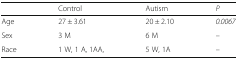
|  | Control | Autism | P |
 | --- | --- | --- | --- |
 | Age | 27 ± 3.61 | 20 ± 2.10 | 0.0067 |
 | Sex | 3 M | 6 M | – |
 | Race | 1 W, 1 A, 1AA, | 5 W, 1A | – |